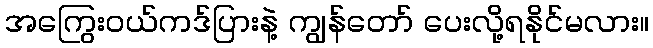
အကြွေးဝယ်ကဒ်ပြားနဲ့ ကျွန်တော် ပေးလို့ရနိုင်မလား။